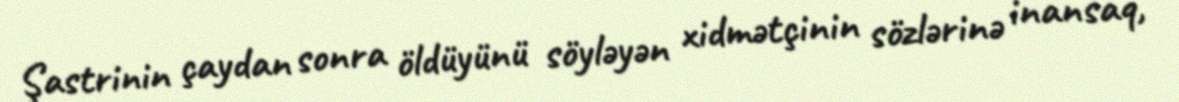
Şastrinin çaydan sonra öldüyünü söyləyən xidmətçinin sözlərinə inansaq,